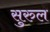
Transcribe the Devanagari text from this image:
सुरुल